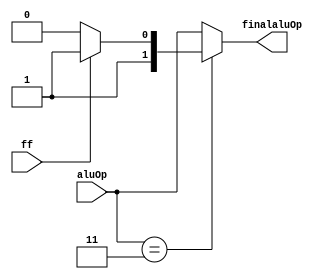
module alu_ctrl_ckt(input [1:0] aluOp, input ff, output reg [1:0] finalaluOp);

	always@(aluOp, ff) // ff is the 9th bit of opcode
		if(aluOp == 2'b11)
			if(ff == 1'b0) finalaluOp = 2'b10;
			else finalaluOp = 2'b11;
		else
			finalaluOp = aluOp;
			
endmodule

module alu(input [1:0] aluOp, input[31:0] in1, input[31:0] in2, output reg [31:0] res, output reg n_flag, z_flag, c_flag, o_flag);

	always@(aluOp, in1, in2)
	begin
	
		n_flag = 1'b0;
		z_flag = 1'b0;
		o_flag = 1'b0;
		c_flag = 1'b0;
	
		case(aluOp)
		
			2'b00:
			begin
				res = 32'd0;
			end
			
			2'b01:
			begin
				{c_flag, res} = in1+in2;
				n_flag = res[31];
				if(res == 32'd0) z_flag = 1'b1;
				if(in1[31] == in2[31] && in1[31] != res[31]) o_flag = 1'b1;
			end
			
			2'b10:
			begin
				{c_flag, res} = in1-in2;
				n_flag = res[31];
				if(res == 32'd0) z_flag = 1'b1;
				if((in1[31] != in2[31]) && (in1[31] != res[31])) o_flag = 1'b1;
			end
			
			2'b11:
			begin
				{c_flag, res} = in1 << in2;
				n_flag = res[31];
				if(res == 32'd0) z_flag = 1'b1;
			end
		endcase
	end
endmodule